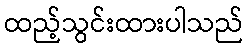
ထည့်သွင်းထားပါသည်